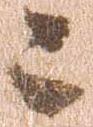
ニ